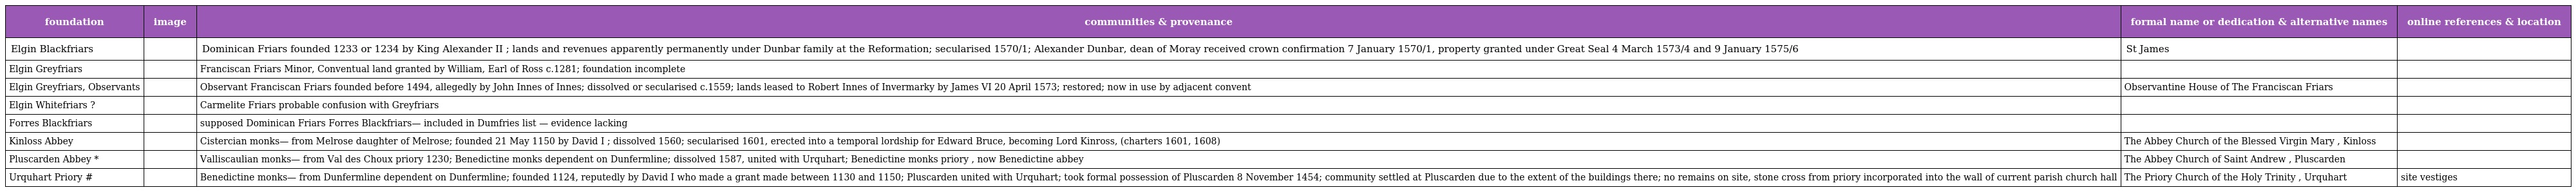
| foundation | image | communities & provenance | formal name or dedication & alternative names | online references & location |
 | --- | --- | --- | --- | --- |
 | Elgin Blackfriars |  | Dominican Friars founded 1233 or 1234 by King Alexander II ; lands and revenues apparently permanently under Dunbar family at the Reformation; secularised 1570/1; Alexander Dunbar, dean of Moray received crown confirmation 7 January 1570/1, property granted under Great Seal 4 March 1573/4 and 9 January 1575/6 | St James |  |
 | Elgin Greyfriars |  | Franciscan Friars Minor, Conventual land granted by William, Earl of Ross c.1281; foundation incomplete |  |  |
 | Elgin Greyfriars, Observants |  | Observant Franciscan Friars founded before 1494, allegedly by John Innes of Innes; dissolved or secularised c.1559; lands leased to Robert Innes of Invermarky by James VI 20 April 1573; restored; now in use by adjacent convent | Observantine House of The Franciscan Friars |  |
 | Elgin Whitefriars ? |  | Carmelite Friars probable confusion with Greyfriars |  |  |
 | Forres Blackfriars |  | supposed Dominican Friars Forres Blackfriars— included in Dumfries list — evidence lacking |  |  |
 | Kinloss Abbey |  | Cistercian monks— from Melrose daughter of Melrose; founded 21 May 1150 by David I ; dissolved 1560; secularised 1601, erected into a temporal lordship for Edward Bruce, becoming Lord Kinross, (charters 1601, 1608) | The Abbey Church of the Blessed Virgin Mary , Kinloss |  |
 | Pluscarden Abbey * |  | Valliscaulian monks— from Val des Choux priory 1230; Benedictine monks dependent on Dunfermline; dissolved 1587, united with Urquhart; Benedictine monks priory , now Benedictine abbey | The Abbey Church of Saint Andrew , Pluscarden |  |
 | Urquhart Priory # |  | Benedictine monks— from Dunfermline dependent on Dunfermline; founded 1124, reputedly by David I who made a grant made between 1130 and 1150; Pluscarden united with Urquhart; took formal possession of Pluscarden 8 November 1454; community settled at Pluscarden due to the extent of the buildings there; no remains on site, stone cross from priory incorporated into the wall of current parish church hall | The Priory Church of the Holy Trinity , Urquhart | site vestiges |